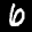
Label: 6